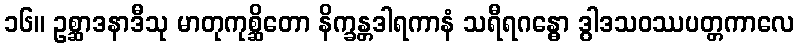
၁၆။ ဥစ္ဆာဒနာဒီသု မာတုကုစ္ဆိတော နိက္ခန္တဒါရကာနံ သရီရဂန္ဓော ဒွါဒသဝဿပတ္တကာလေ